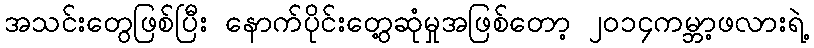
အသင်းတွေဖြစ်ပြီး နောက်ပိုင်းတွေ့ဆုံမှုအဖြစ်တော့ ၂၀၁၄ကမ္ဘာ့ဖလားရဲ့